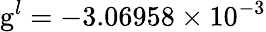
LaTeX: \mathrm{g}^{l}=-3.06958\times 10^{-3}